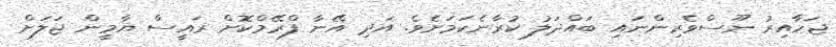
ޖަހާއިރު ނޫސްވެރިންނައި ބައްދަލު ކުރާނެކަމަށެވެ. އަދި އޭނާ ފްރޭމްކޮށް ރައީސް ޔާމީން ޖަލަށް